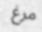
مرغ